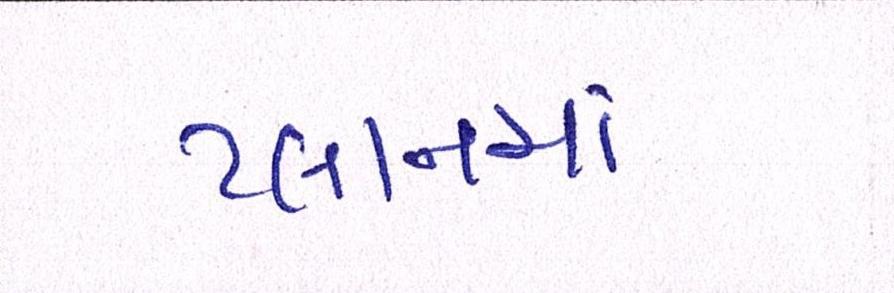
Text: પ્લાનમાં